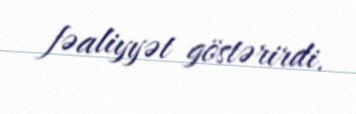
fəaliyyət göstərirdi.